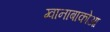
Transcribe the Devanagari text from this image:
ग्वानाबाकोआ